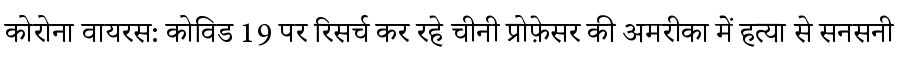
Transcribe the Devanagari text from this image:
कोरोना वायरस: कोविड 19 पर रिसर्च कर रहे चीनी प्रोफ़ेसर की अमरीका में हत्या से सनसनी